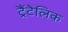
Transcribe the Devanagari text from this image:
ट्रैंटेलिक